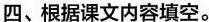
四、根据课文内容填空。